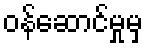
ဝန်ဆောင်မှုမှ